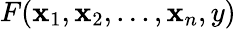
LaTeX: F(\mathbf{x}_{1},\mathbf{x}_{2},...,\mathbf{x}_{n},y)